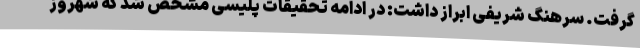
گرفت. سرهنگ شریفی ابراز داشت: در ادامه تحقیقات پلیسی مشخص شد که شهروز